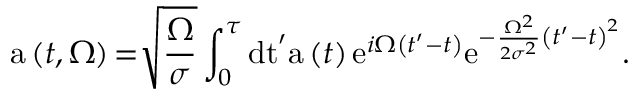
\mathrm { a } \left( t , \Omega \right) \mathrm { = } \sqrt { \frac { \Omega } { \sigma } } \int _ { 0 } ^ { \tau } \mathrm { d t } ^ { \prime } \mathrm { a } \left( t \right) \mathrm { e } ^ { i \Omega \left( t ^ { \prime } - t \right) } \mathrm { e } ^ { - \frac { \Omega ^ { 2 } } { 2 \sigma ^ { 2 } } \left( t ^ { \prime } - t \right) ^ { 2 } } \mathrm { . }